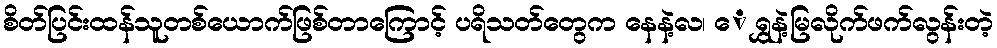
စိတ်ပြင်းထန်သူတစ်ယောက်ဖြစ်တာကြောင့် ပရိသတ်တွေက နေနဲ့လ၊ ေ ရွှနဲ့မြလိုက်ဖက်လွန်းတဲ့